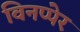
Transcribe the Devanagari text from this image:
विनप्पेर